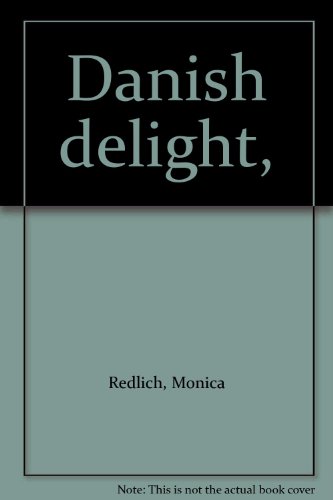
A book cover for Danish delight,; Monica Redlich; Travel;